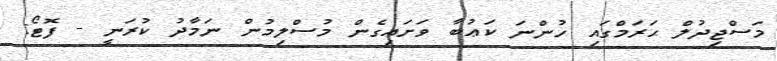
މަސްޖިދުލް ޙަރަމްގައި ހުންނަ ކަޢުބާ ވަށައިގެން މުސްލިމުން ނަމާދު ކުރަނީ - ފޮޓޯ: